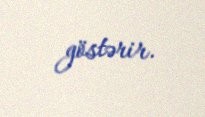
göstərir.